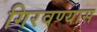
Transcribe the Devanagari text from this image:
गिरवण्यास